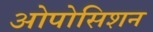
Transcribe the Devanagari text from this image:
ओपोसिशन